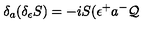
\delta _ { a } ( \delta _ { \epsilon } S ) = - i S ( \epsilon ^ { + } a ^ { - } \mathcal { Q }